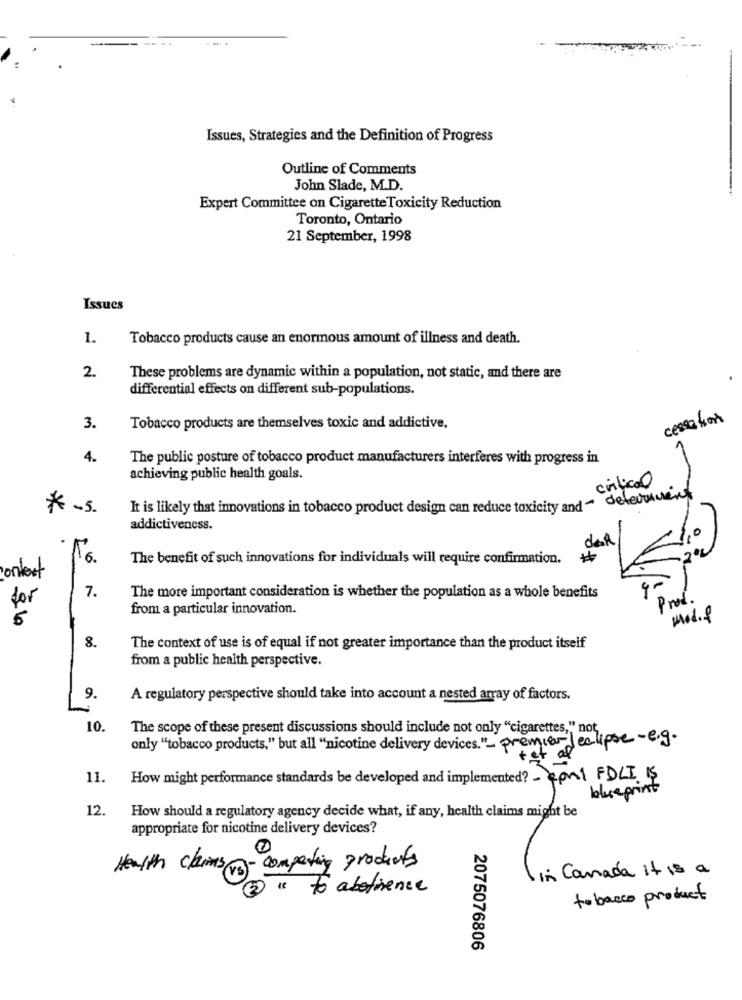
Issues, Strategies and the Definition of Progress
Outline of Comments
John Slade, M.D.
Expert Committee on Cigarette Toxicity Reduction
Toronto, Ontario
21 September, 1998
Issues
1.
Tobacco products cause an enormous amount of illness and death.
2.
These problems are dynamic within a population, not static, and there are
differential effects on different sub-populations.
cessation
3.
Tobacco products are themselves toxic and addictive,
4.
The public posture of tobacco product manufacturers interferes with progress in
achieving public health goals.
critical
* ~ 5.
It is likely that innovations in tobacco product design can reduce toxicity and - deferment
addictiveness.
16.
The benefit of such innovations for individuals will require confirmation.
context
7.
9-
for
The more important consideration is whether the population as a whole benefits
Prod.
from a particular innovation.
und.f
6
8.
The context of use is of equal if not greater importance than the product itself
from a public health perspective.
9.
A regulatory perspective should take into account a nested array of factors.
10.
The scope of these present discussions should include not only "cigarettes," not,
only "tobacco products," but all "nicotine delivery devices. "_ premier-J eclipse -e.g.
tet
11.
How might performance standards be developed and implemented? - con1 FDLI Iş
blue print
12.
How should a regulatory agency decide what, if any, health claims might be
appropriate for nicotine delivery devices?
Health claims - competing products
in Canada it is a
to abotience
tobacco product
2075076806